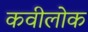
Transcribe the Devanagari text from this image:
कवीलोक